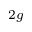
_ { 2 g }